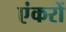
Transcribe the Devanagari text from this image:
एंकरों